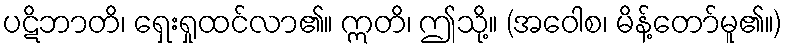
ပဋိဘာတိ၊ ရှေးရှုထင်လာ၏။ ဣတိ၊ ဤသို့။ (အဝေါစ၊ မိန့်တော်မူ၏။)